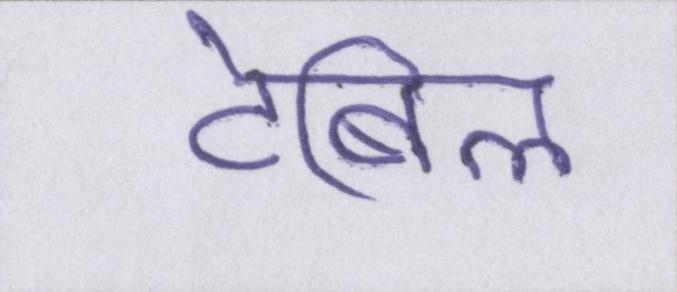
टेबिल